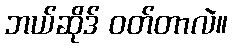
ဘယ်ဆိုဒ် ဝတ်တာလဲ။